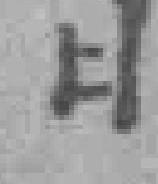
日